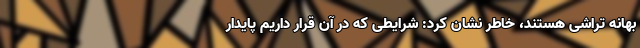
بهانه تراشی هستند، خاطر نشان کرد: شرایطی که در آن قرار داریم پایدار